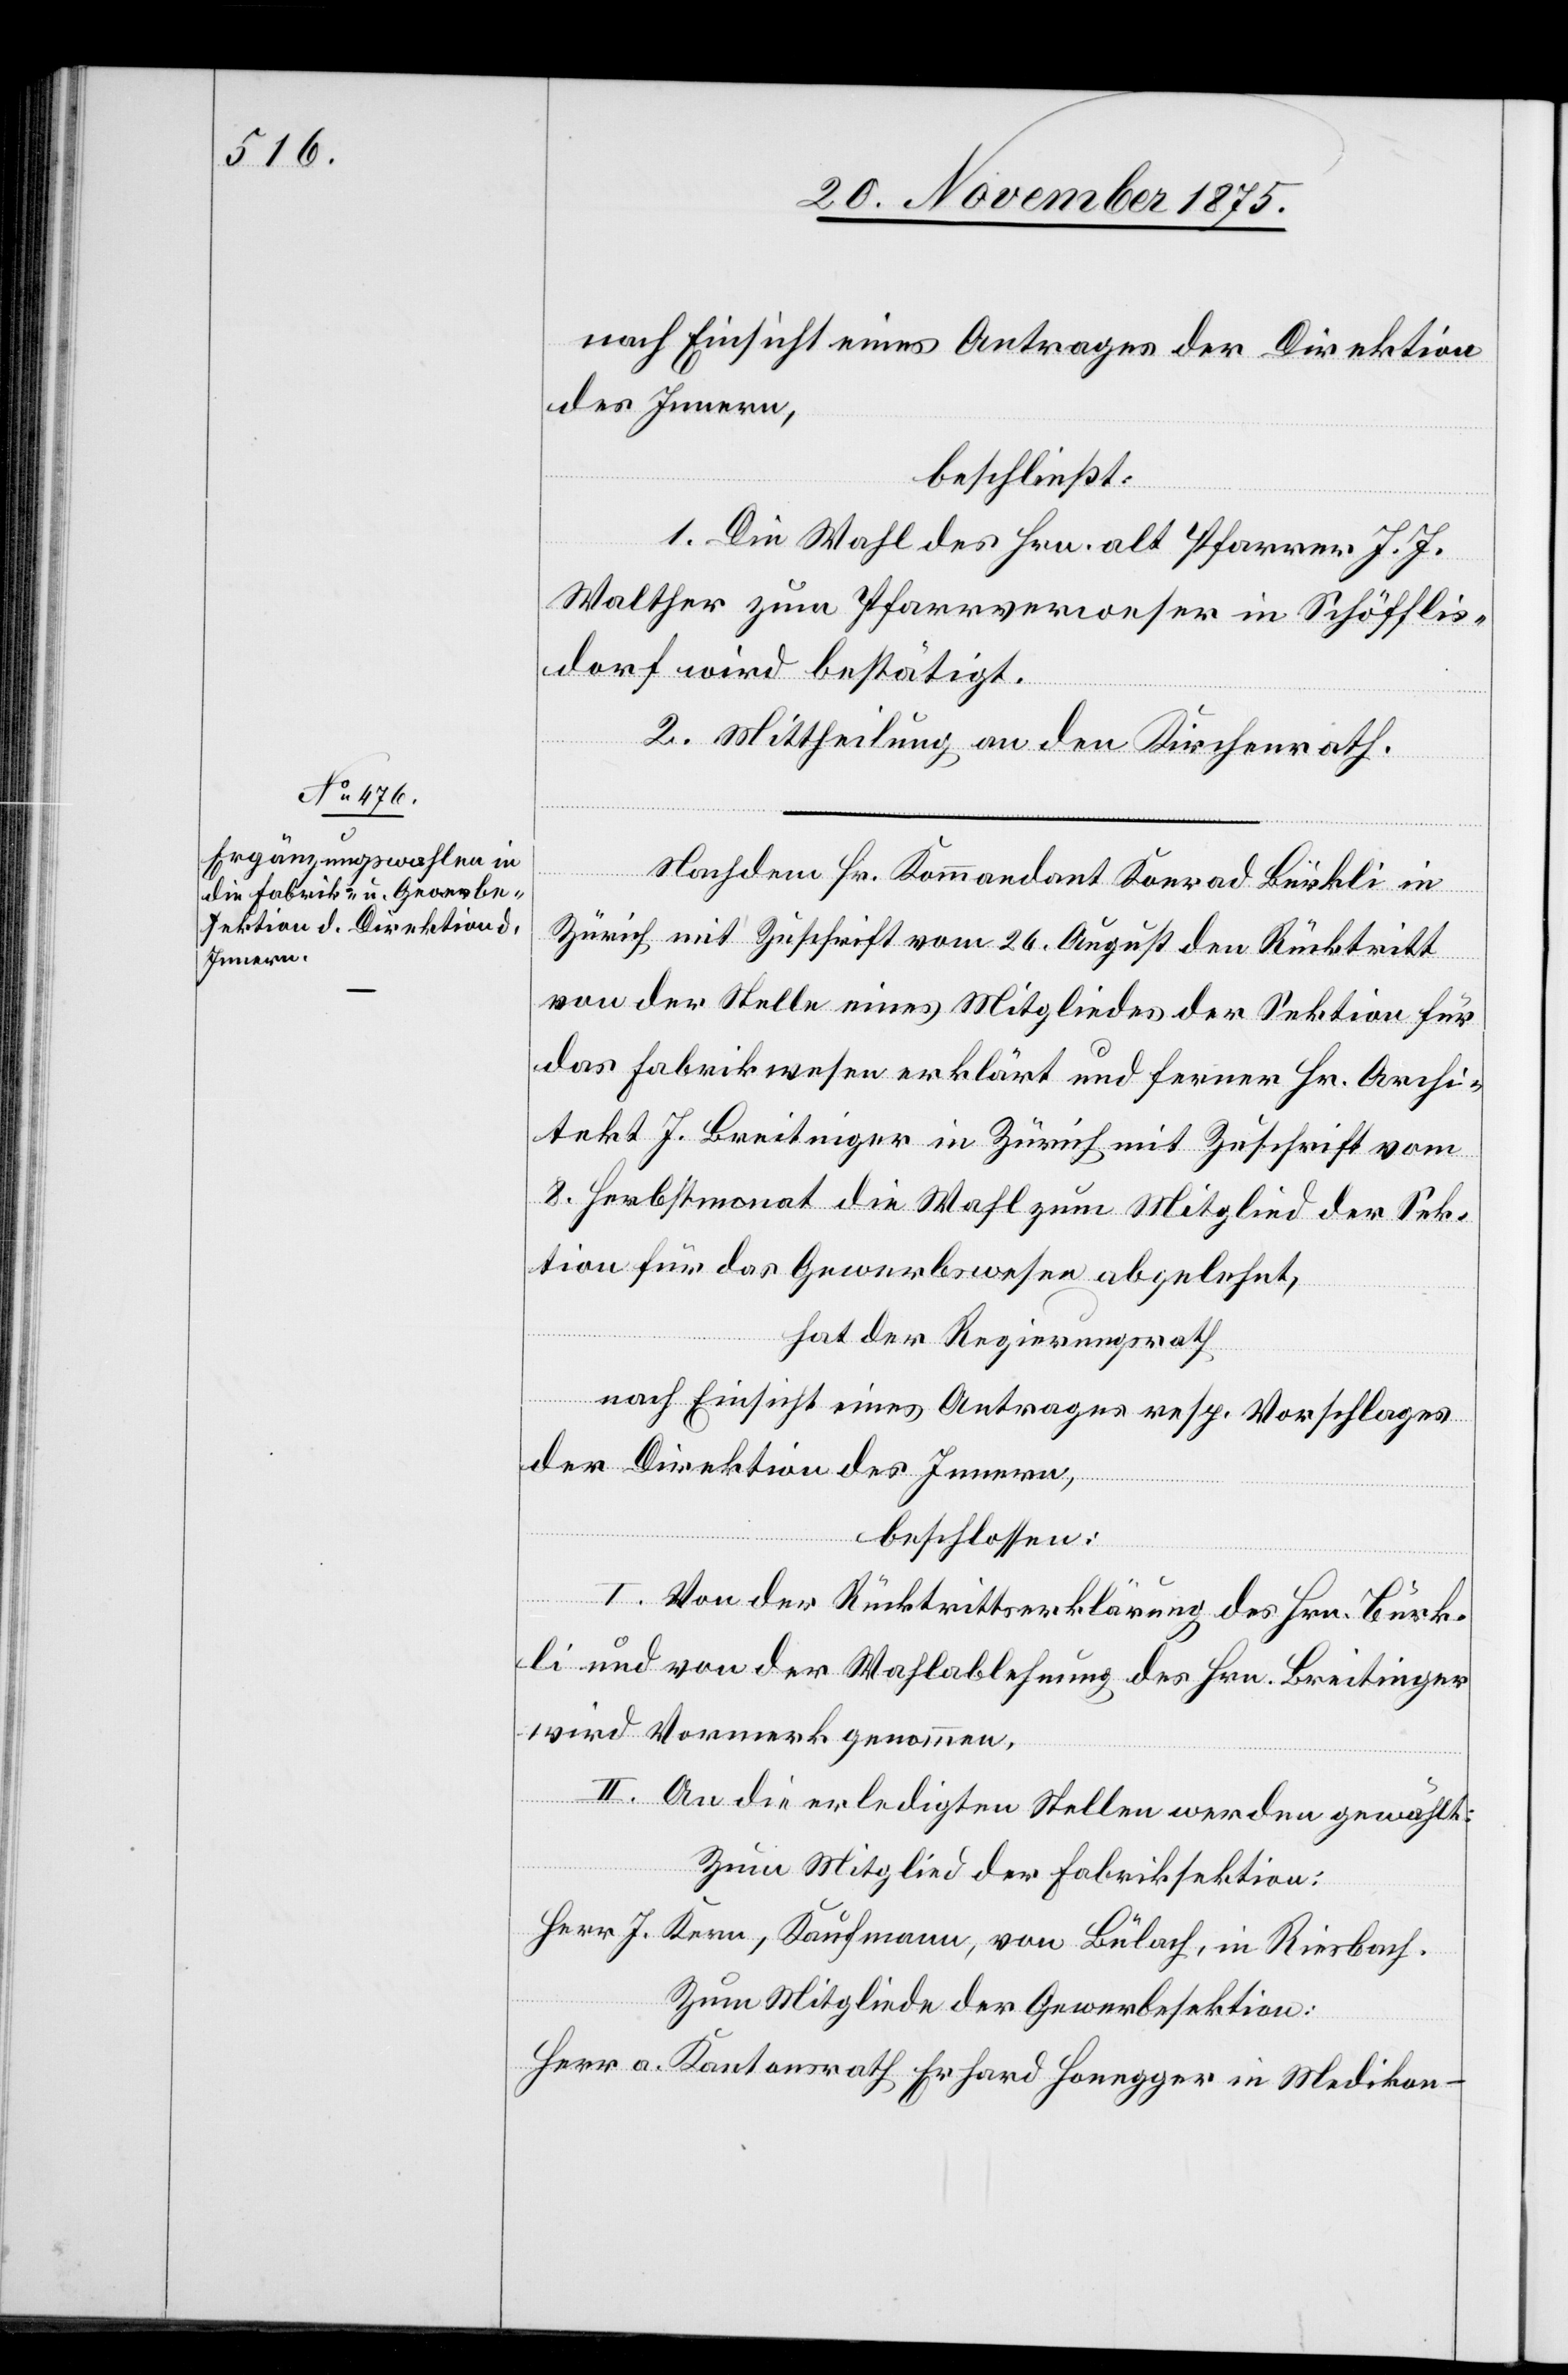
nach Einsicht eines Antrages der Direktion
des Innern,
beschließt:
1. Die Wahl des Hrn. alt Pfarrer J. J.
Walther zum Pfarrverweser in Schöfflis¬
dorf wird bestätigt.
2. Mittheilung an den Kirchenrath.
Nachdem Hr. Kommandant Konrad Bürkli in
Zürich mit Zuschrift vom 26. August den Rücktritt
von der Stelle eines Mitgliedes der Sektion für
das Fabrikwesen erklärt und ferner Hr. Archi¬
tekt J. Breitinger in Zürich mit Zuschrift vom
8. Herbstmonat die Wahl zum Mitglied der Sek¬
tion für das Gewerbswesen abgelehnt,
hat der Regierungsrath,
nach Einsicht eines Antrages resp. Vorschlages
der Direktion des Innern,
beschlossen:
I. Von der Rücktrittserklärung des Hrn. Bürk¬
li und von der Wahlablehnung des Hrn. Breitinger
wird Vormerk genommen.
II. An die erledigten Stellen werden gewählt:
Zum Mitglied der Fabriksektion:
Herr a. Kantonsrath Erhard Honegger in Medikon